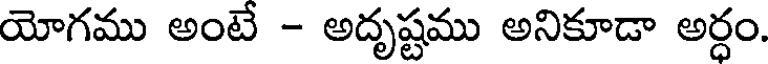
యోగము అంటే - అదృష్టము అనికూడా అర్ధం.